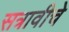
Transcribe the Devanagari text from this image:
सत्रावीचे